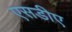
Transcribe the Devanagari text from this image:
एसडीए